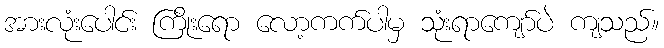
အားလုံးပေါင်း ကြိုးရော လော့ကက်ပါမှ သုံးရာကျော်ပဲ ကျသည်။